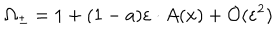
\Omega _ { \pm } = 1 + ( 1 - a ) \varepsilon \cdot A ( x ) + { \cal O } ( \varepsilon ^ { 2 } )